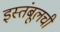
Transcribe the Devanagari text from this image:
इस्तंबूलची